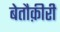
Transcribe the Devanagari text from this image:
बेतौक़ीरी